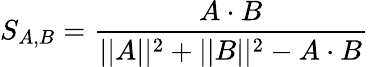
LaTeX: S_{A,B}=\frac{A\cdot B}{||A||^{2}+||B||^{2}-A\cdot B}